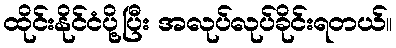
ထိုင်းနိုင်ငံပို့ပြီး အလုပ်လုပ်ခိုင်းရတယ်။